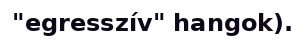
"egresszív" hangok).